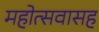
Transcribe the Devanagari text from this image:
महोत्सवासह